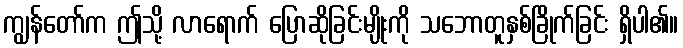
ကျွန်တော်က ဤသို့ လာရောက် ပြောဆိုခြင်းမျိုးကို သဘောတူနှစ်ခြိုက်ခြင်း ရှိပါ၏။